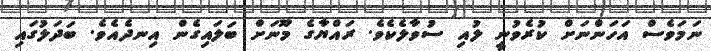
ނަމަވެސް އަހަންނަށް ކުރެވުނީ ލުއި ސުވާލެކެވެ. ރައްޔާގެ މޫނަށް ބަލައިގެން އިނދެއެވެ. ބަދަލުގައި